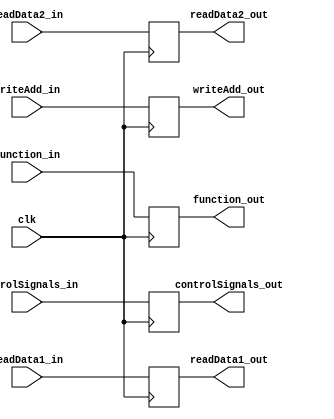
module DE_Buffer(clk, controlSignals_in, readData1_in, readData2_in, writeAdd_in, function_in, controlSignals_out, readData1_out, readData2_out, writeAdd_out, function_out);
    input [10:0] controlSignals_in;
    input [15:0] readData1_in, readData2_in;
    input [2:0] writeAdd_in;
    input [2:0] function_in;
    input clk;

    output reg [10:0] controlSignals_out;
    output reg [15:0] readData1_out, readData2_out;
    output reg [2:0] writeAdd_out;
    output reg [2:0] function_out;

    always @(posedge clk) begin
        controlSignals_out = controlSignals_in;
        readData1_out = readData1_in;
        readData2_out = readData2_in;
        writeAdd_out = writeAdd_in;
        function_out = function_in;
    end
endmodule